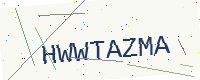
Text: HWWTAZMA